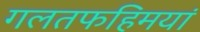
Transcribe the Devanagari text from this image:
गलतफहिमयां